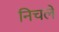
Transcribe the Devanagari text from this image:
निचले